Report of the Municipal Commissioner on the plague in Bombay for the year ending 31st May... - Volume 2
Disease focus: Plague
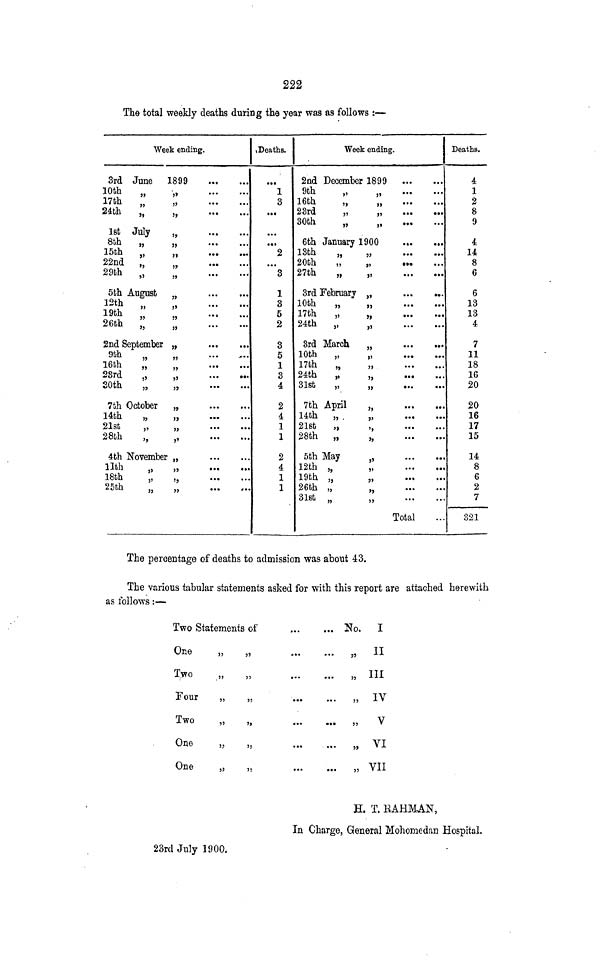
222
The total weekly deaths during the year was as follows :—
Week ending.
3rd June
10th
„
17th
24th
„
1st July
8th
„
15th
„
22nd „
29th „
5fch August
12th
„
19th
„
26th
,,
2nd September
9th
„
16th
„
28rd
„
SOth
„
7th October
14th
„
21st
„
28th
,,
4th November
llth
18th
„
25th
1899
- jj
• • .
• • .
»
•••
>j
•••
•••
j>
•••
•••
»
j,
•••
•••
„
...
...
n
'"
jj
•••
•••
j>
•••
•••
jj
•• *
.* •
»
""
•"
>»
•••
•••
jj
•••
-*••
„
...
»
•••
•••
>9
»
...
...
„
»
**•
•••
»>
1,
...
...
,j
...
...
>j
*••
„
...
...
t Deaths.
...
1
3
•••
...
>«•
2
...
3
1
3
5
2
3
5
1
3
4
2
4
1
1
2
4
1
1
Week ending.
2nd December
9th
16th
„
23rd
„
30th
„
1899
j>
•••
•««
))
...
...
,,
•••
...
6th January 1900
13th
„
20th
27th
„
3rd February
10th
„
17th
„
24th
„
3rd March
10th
„
17th
„
24th
„
31st
„
7th April
14th
„ .
21st
„
28th
„
5th May
12th „
19th „
26th „
Slrt „^
...
...
,>
•••
...
j)
...
...
„
...
...
»
•••
•••
j)
...
...
»
•••
•••
„
...
...
j>
...
...
jj
...
...
„
...
,j
...
...
j,
...
...
j,
...
...
j,
...
,,
,,
...
...
„
...
...
„
...
...
»
»
Total
Deaths.
4
1
2
8
9
4
14
8
6
6
13
13
4
7
11
18
16
20
20
16
17
15
14
8
6
2
7
321
The percentage of deaths to admission was about 43.
The various tabular statements asked for with this report are attached herewith
as follows:—
Two Statements of
One
„
„
Two
„
„
Four
„
„
Two
„
„
One
„
„
One
„
„
So.
5?
55
}J
J)
J>
5)
I
II
III
IV
V
VI
VII
H. T. liAHMAN,
In Charge, General Mohomedan Hospital.
23rd July 1900.